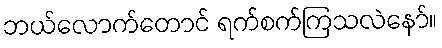
ဘယ်လောက်တောင် ရက်စက်ကြသလဲနော်။